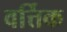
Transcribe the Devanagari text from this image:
वर्त्तिक